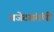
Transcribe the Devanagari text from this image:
बजेटसंबंधी